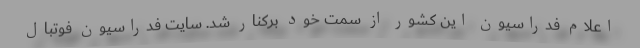
اعلام فدراسیون این کشور از سمت خود برکنار شد. سایت فدراسیون فوتبال